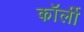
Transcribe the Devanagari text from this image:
कॉर्ली